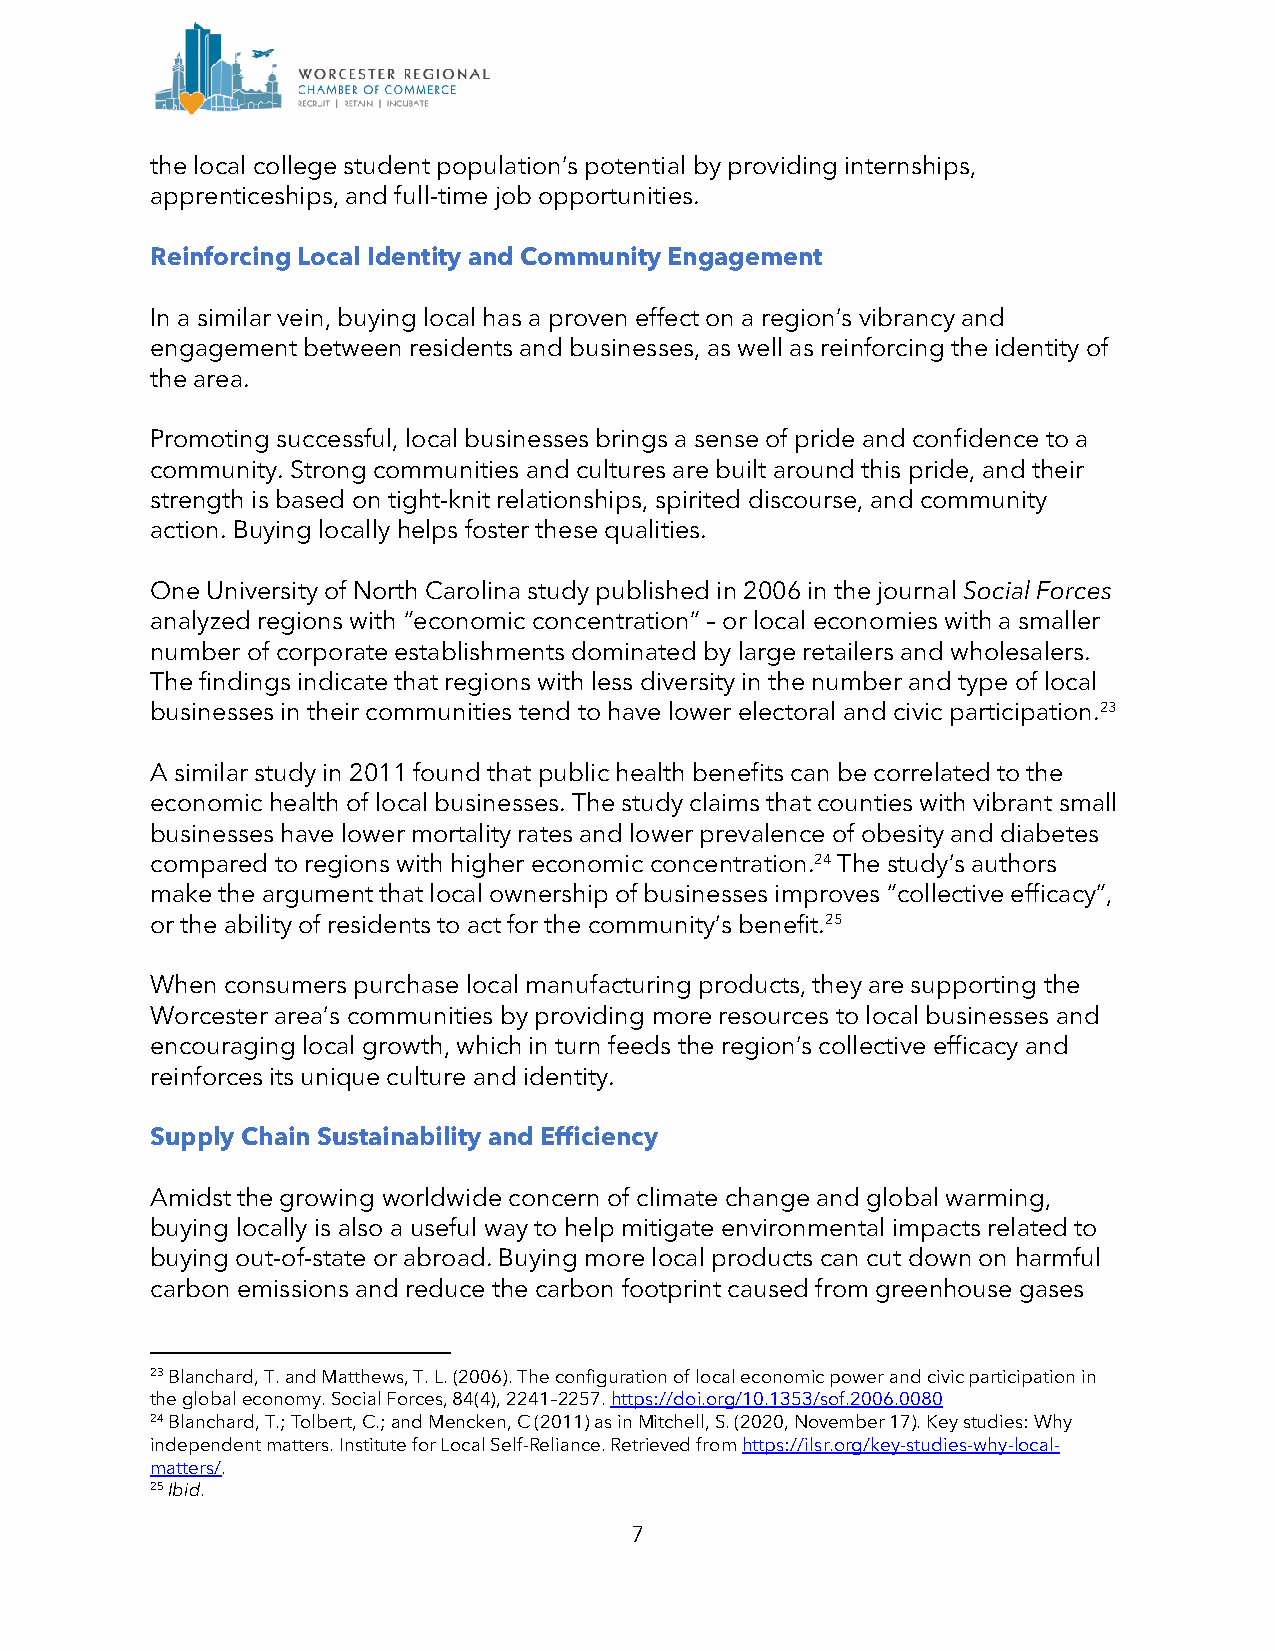
the local college student population’s potential by providing internships,
 apprenticeships, and full-time job opportunities.
 Reinforcing Local Identity and Community Engagement
 In a similar vein, buying local has a proven effect on a region’s vibrancy and
 engagement between residents and businesses, as well as reinforcing the identity of
 the area.
 Promoting successful, local businesses brings a sense of pride and confidence to a
 community. Strong communities and cultures are built around this pride, and their
 strength is based on tight-knit relationships, spirited discourse, and community
 action. Buying locally helps foster these qualities.
 One University of North Carolina study published in 2006 in the journal Social Forces
 analyzed regions with “economic concentration” – or local economies with a smaller
 number of corporate establishments dominated by large retailers and wholesalers.
 The findings indicate that regions with less diversity in the number and type of local
 businesses in their communities tend to have lower electoral and civic participation.23
 A similar study in 2011 found that public health benefits can be correlated to the
 economic health of local businesses. The study claims that counties with vibrant small
 businesses have lower mortality rates and lower prevalence of obesity and diabetes
 compared to regions with higher economic concentration.24 The study’s authors
 make the argument that local ownership of businesses improves “collective efficacy”,
 or the ability of residents to act for the community’s benefit.25
 When consumers purchase local manufacturing products, they are supporting the
 Worcester area’s communities by providing more resources to local businesses and
 encouraging local growth, which in turn feeds the region’s collective efficacy and
 reinforces its unique culture and identity.
 Supply Chain Sustainability and Efficiency
 Amidst the growing worldwide concern of climate change and global warming,
 buying locally is also a useful way to help mitigate environmental impacts related to
 buying out-of-state or abroad. Buying more local products can cut down on harmful
 carbon emissions and reduce the carbon footprint caused from greenhouse gases
 23 Blanchard, T. and Matthews, T. L. (2006). The configuration of local economic power and civic participation in
 the global economy. Social Forces, 84(4), 2241–2257. https://doi.org/10.1353/sof.2006.0080
 24 Blanchard, T.; Tolbert, C.; and Mencken, C (2011) as in Mitchell, S. (2020, November 17). Key studies: Why
 independent matters. Institute for Local Self-Reliance. Retrieved from https://ilsr.org/key-studies-why-local-
 matters/.
 25 Ibid.
 7